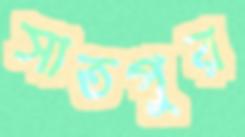
সাতপুর